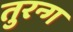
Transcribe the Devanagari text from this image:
तुरन्ग